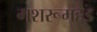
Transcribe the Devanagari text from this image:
मशरूमहैड